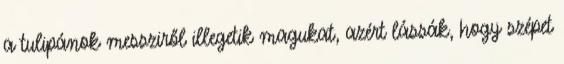
a tulipánok messziről illegetik magukat, azért lássák, hogy szépet